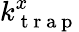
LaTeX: k_{\mathrm{~t~r~a~p~}}^{x}